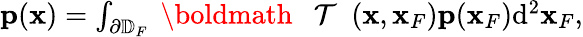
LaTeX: \begin{array}{r}{{\mathbf p}({\mathbf x})=\int_{\partial\mathbb{D}_{F}}{{{\mathrm{~\boldmath~{~\cal~T~}~}}}}({\mathbf x},{\mathbf x}_{F}){\mathbf p}({\mathbf x}_{F})\mathrm{d}^{2}{\mathbf x}_{F},}\end{array}